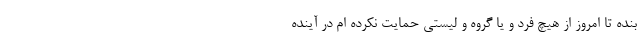
بنده تا امروز از هیچ فرد و یا گروه و لیستی حمایت نکرده ام در آینده